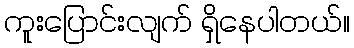
ကူးပြောင်းလျက် ရှိနေပါတယ်။